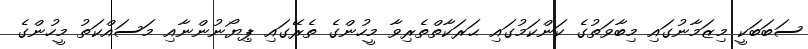
ސަބަބަކީ މިޒަމާނުގައި މިބާވަތުގެ ކަންކަމުގައި ޙަރަކާތްތެރިވާ މީހުންގެ ތެރޭގައި ޕިޔޯނުންނާއި މަސައްކަތު މީހުންގެ